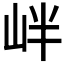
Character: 𡶡